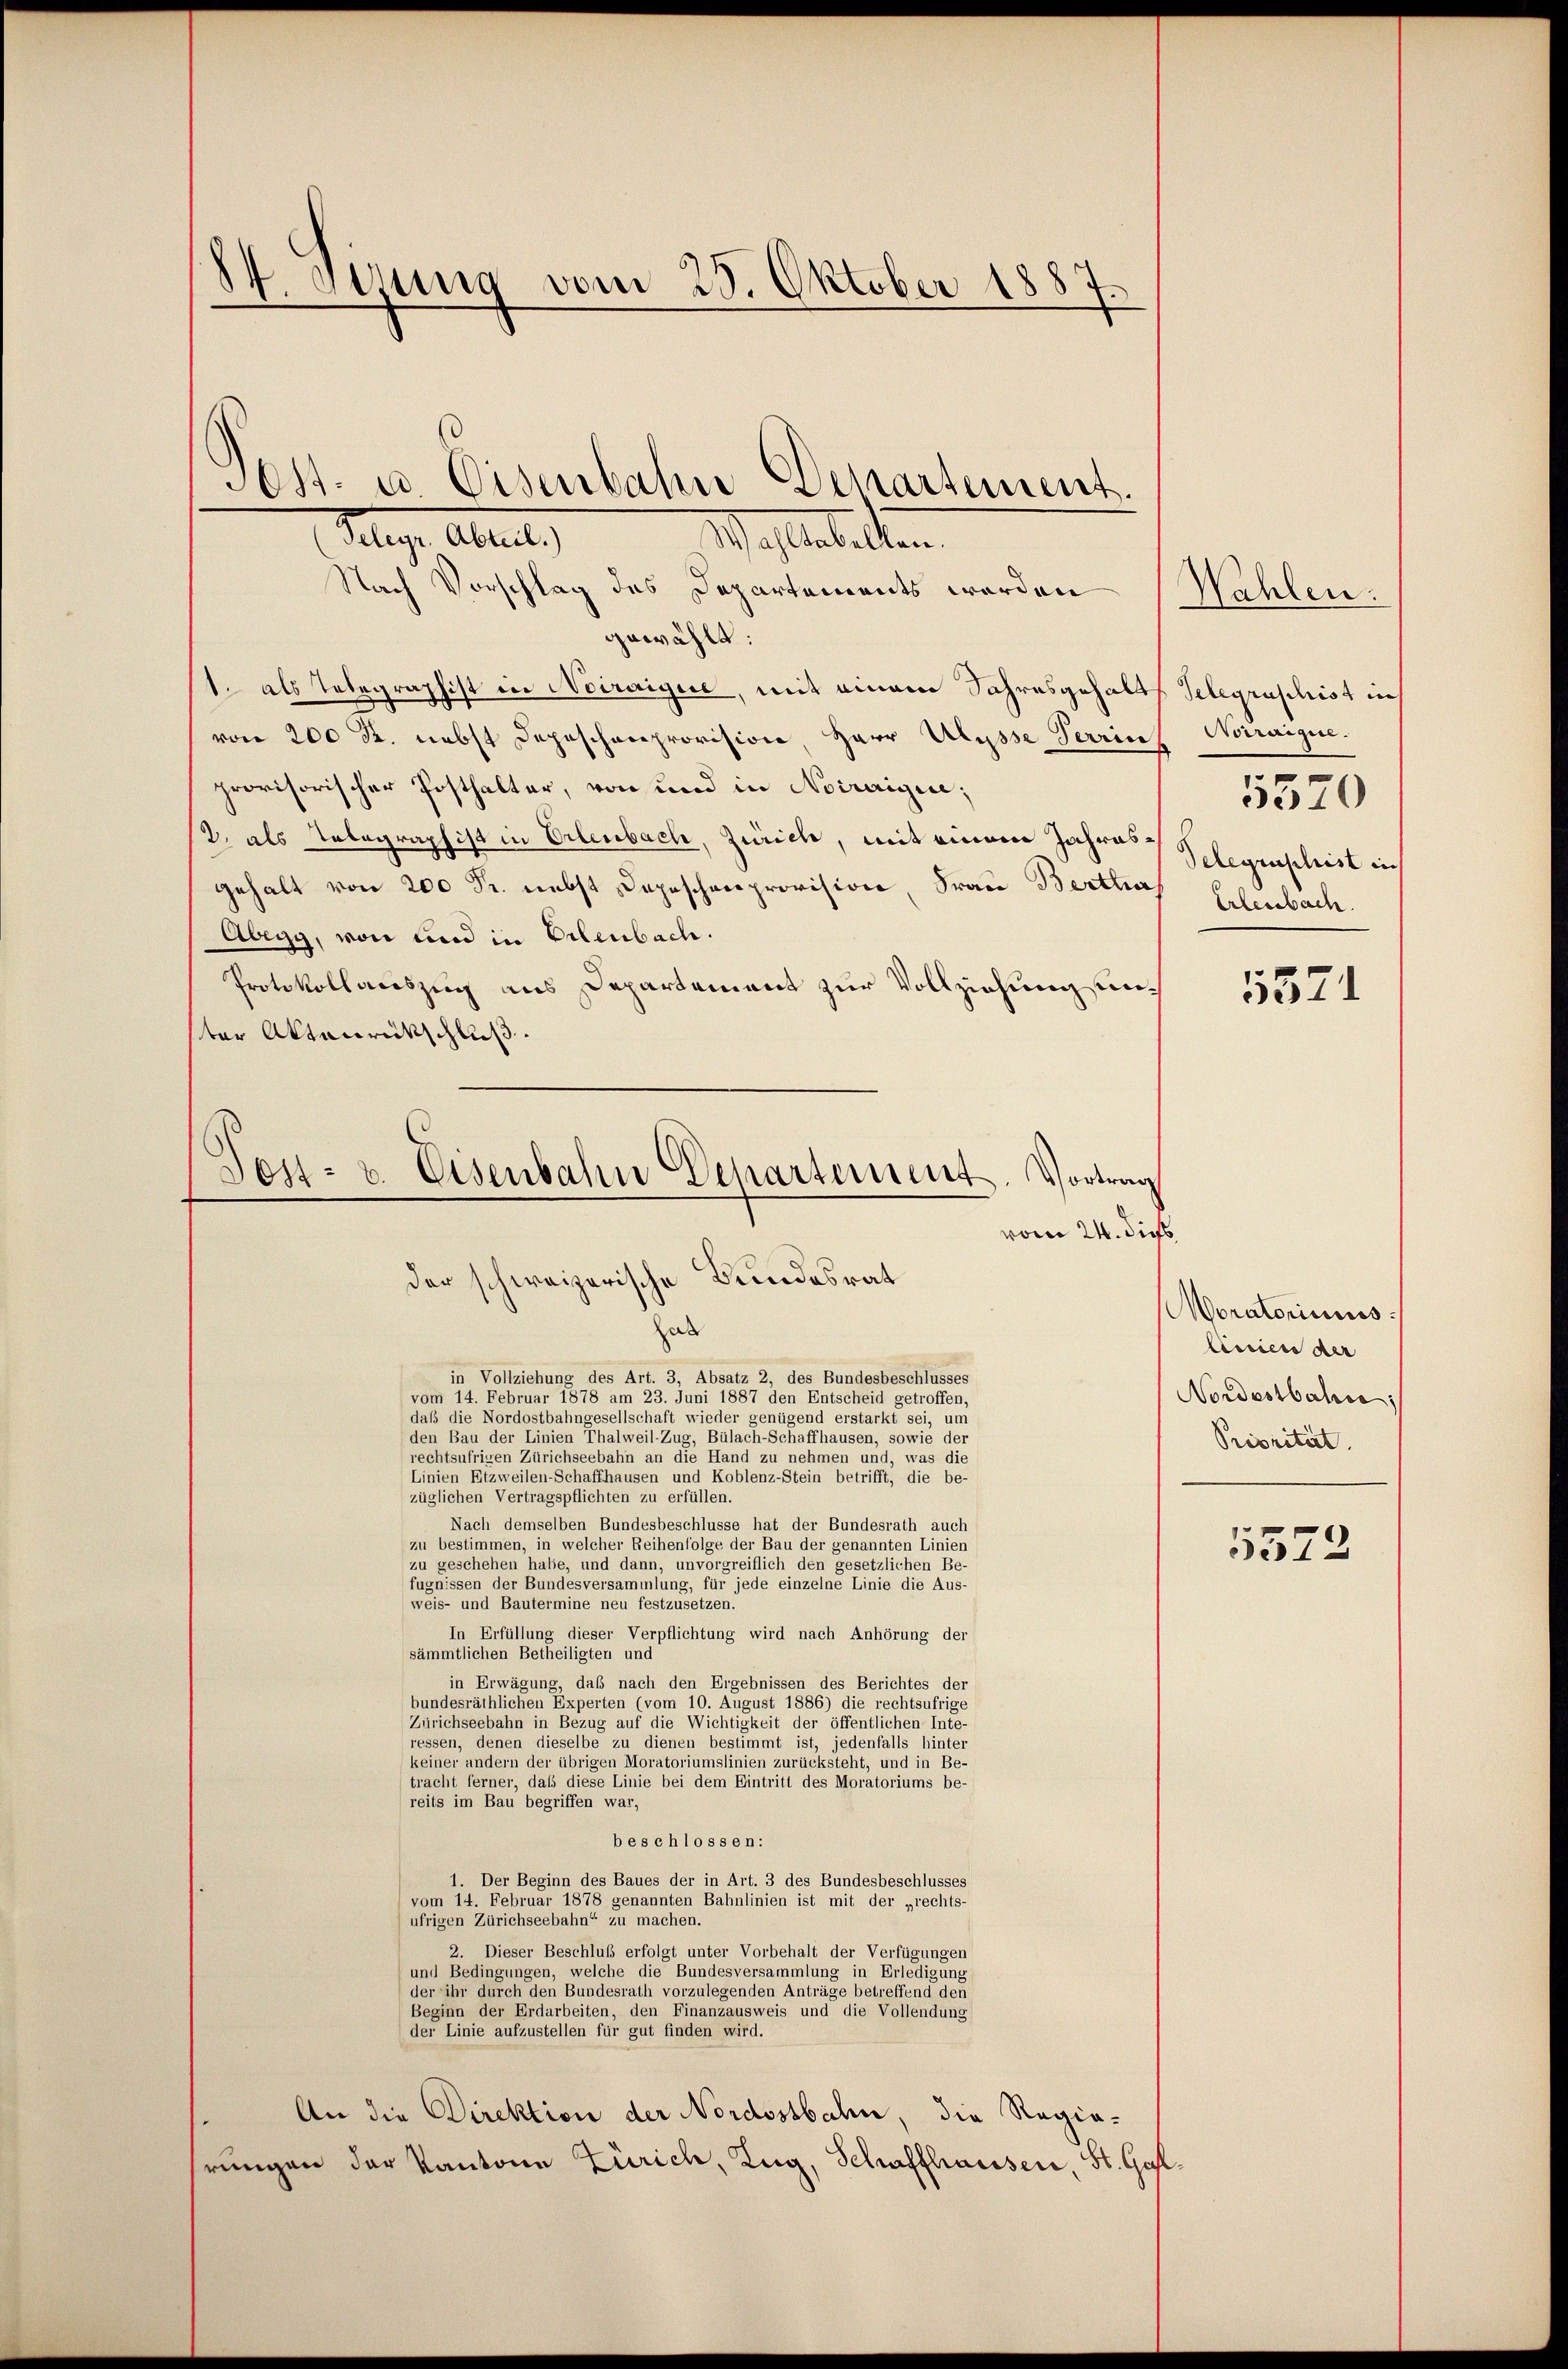
84 Jesung vom 25. Oktober 1887

Selige Abreits
Wahlerbelten.
Nach Vorschlag des Departements worden Wahlen
gewählt:
1. als Telegraphist in Noiraigue, mit einem Jahresgehalts Telegraschist in
von 200 R. nebst Depeschenprovision, Herr Ulysse Terrin Notraigen.
provisorischer Posthalter, von und in Noirrigire;
2. als Telegraphist in Erlenbach, Zürich, mit einem Jahres Selegenschrist ih
Gehalt von 200 Fr. nebst Depeschenprovision Frau Berthes Erlenbach
Abegg, von und in Erlenbach.
Protokollauszug aus Departement zur Vollziehung unter Aktenrückschluß.
Post- u. Eisenbahn Departement. Vortrag
vom 24. dies
der schweizerische Bundesrat

Post. es Eisenbahn Departement.

hab
in Vollziehung des Art. 3, Absatz 2, des Bundesbeschlusses
vom 14. Februar 1878 am 23. Juni 1887 den Entscheid getroffen,
daß die Nordostbahngesellschaft wieder genügend erstarkt sei, um
den Bau der Linien Thalweil-Zug, Bülach-Schaffhausen, sowie der
rechtsufrigen Zürichseebahn an die Hand zu nehmen und, was die
Linien Etzweilen-Schaffhausen und Koblenz-Stein betrifft, die be-
züglichen Vertragspflichten zu erfüllen.
Nach demselben Bundesbeschlüsse hat der Bundesrath auch
zu bestimmen, in welcher Reihenfolge der Bau der genannten Linien
zu geschehen habe, und dann, unvorgreiflich den gesetzlichen Be-
fugnissen der Bundesversammlung, für jede einzelne Linie die Aus-
weis- und Bautermine neu festzusetzen.
In Erfüllung dieser Verpflichtung wird nach Anhörung der
sämmtlichen Betheiligten und
in Erwägung, daß nach den Ergebnissen des Berichtes der
bundesräthlichen Experten (vom 10. August 1886) die rechtsufrige
Zürichseebahn in Bezug auf die Wichtigkeit der öffentlichen Inte-
ressen, denen dieselbe zu dienen bestimmt ist, jedenfalls hinter
keiner andern der übrigen Moratoriumslinien zurücksteht, und in Be-
tracht ferner, daß diese Linie bei dem Eintritt des Moratoriums be-
reits im Bau begriffen war,
beschlossen:
1. Der Beginn des Baues der in Art. 3 des Bundesbeschlusses
vom 14. Februar 1878 genannten Bahnlinien ist mit der „rechts-
ufrigen Zürichseebahn“ zu machen.
2. Dieser Beschluß erfolgt unter Vorbehalt der Verfügungen
und Bedingungen, welche die Bundesversammlung in Erledigung
der ihr durch den Bundesrath vorzulegenden Anträge betreffend den
Beginn der Erdarbeiten, den Finanzausweis und die Vollendung
der Linie aufzustellen für gut finden wird.
An die Direktion der Nordostbahn, die Regiahrungen der Kantone Zürich, Zug, Schaffhauser, St. Gal¬

5570
5371

Moratorisiss
linien der
Nordostbahn
Priorität.

5575